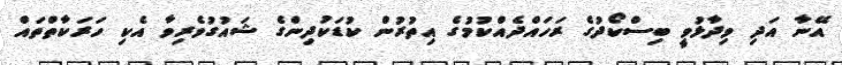
އޭނާ އަދި ވިދާޅުވީ ބިސްކޯދުގެ ރަހައްދެއްކުމުގެ އިތުރުން ކުޑަކުދިންގެ ޝައުގުވެރިވާ އެކި ހަރަކާތްތައް